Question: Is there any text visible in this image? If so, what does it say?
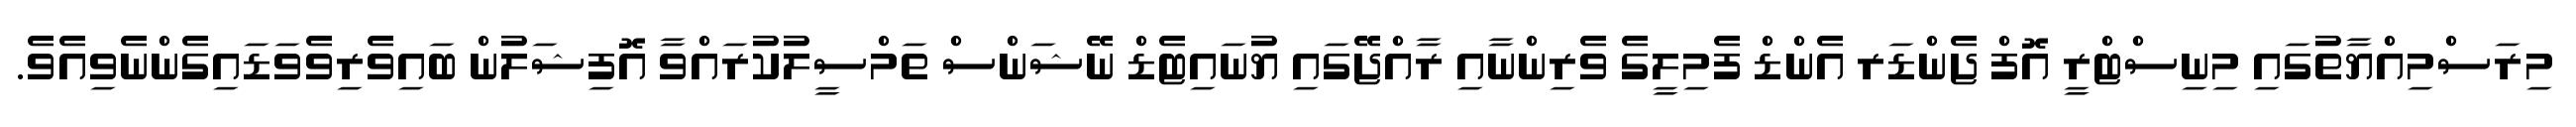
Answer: މިރަސްމިއްޔާތުގައި މިނިސްޓްރީ އޮފް ޖެންޑަރ އެންޑް ފެމިލީގެ ވެރިންނާއި ރާއްޖޭގައި ޔުނައިޓެޑް ނޭޝަންސް ތަމްސީލުކުރައްވާ އޮފިޝަލުން ބައިވެރިވެވަޑައިގެންނެވިއެވެ.